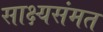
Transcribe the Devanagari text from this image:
साक्ष्यसंमत